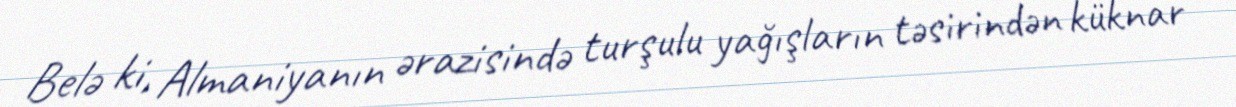
Belə ki, Almaniyanın ərazisində turşulu yağışların təsirindən küknar